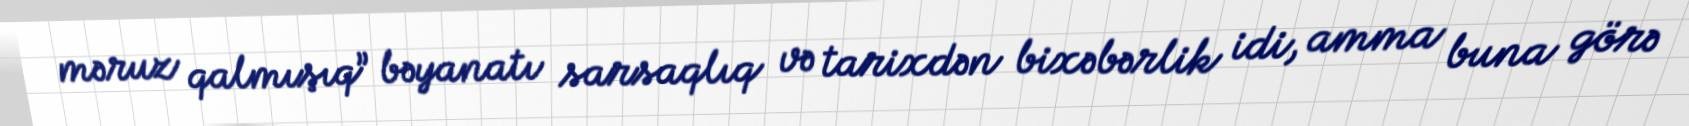
məruz qalmışıq” bəyanatı sarsaqlıq və tarixdən bixəbərlik idi, amma buna görə